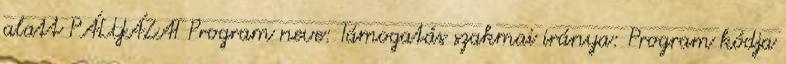
alatt PÁLYÁZAT Program neve: Támogatás szakmai iránya: Program kódja